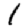
Digit: 1